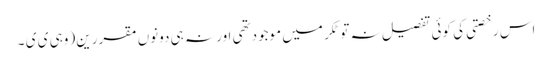
اس رخصتی کی کوئی تفصیل نہ تو ٹکر میں موجودتھی اور نہ ہی دونوں مقررین (وہی ی ی ۔